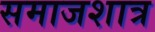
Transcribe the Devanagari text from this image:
समाजशात्र